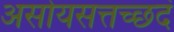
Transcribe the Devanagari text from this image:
असोयसत्तच्छदं